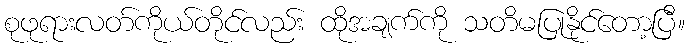
စုဖုရားလတ်ကိုယ်တိုင်လည်း ထိုအချက်ကို သတိမပြုနိုင်တော့ပြီ။